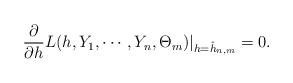
LaTeX: \begin{align*}\frac{\partial}{\partial h}L(h,Y_1,\cdots,Y_n,\Theta_m)|_{h = \hat{h}_{n,m}} = 0.\end{align*}